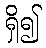
ရှိ၍